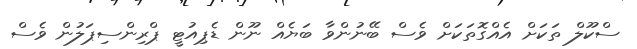
ސްކޫލް ތަކަށް އެއްގޮތަކަށް ވެސް ބޭނުންވާ ބަޔެއް ނޫން ޑެޕިއުޓީ ޕްރިންސިޕަލުން ވެސް